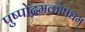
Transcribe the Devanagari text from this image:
पुष्पोद्गमकोषधम्